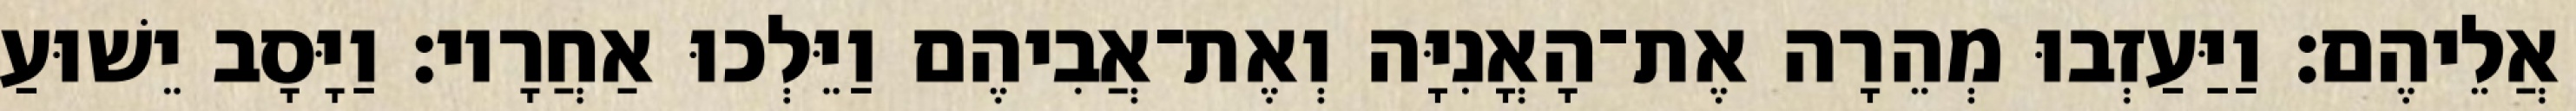
אֲלֵיהֶם׃ וַיַּעַזְבוּ מְהֵרָה אֶת־הָאֳנִיָּה וְאֶת־אֲבִיהֶם וַיֵּלְכוּ אַחֲרָיו׃ וַיָּסָב יֵשׁוּעַ